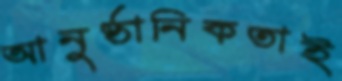
আনুষ্ঠানিকতাই